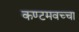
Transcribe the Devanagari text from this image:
कण्टमवच्चा